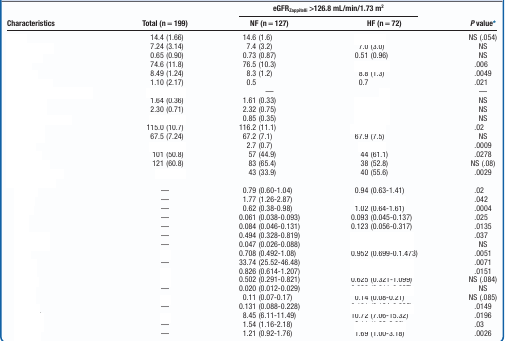
<table><thead><tr><td rowspan="2"><b>Characteristics</b></td><td rowspan="2"><b>Total (n = 199)</b></td><td colspan="2"><b>eGFR<sub>Zappitelli</sub> &gt;126.8 mL/min/1.73 m<sup>2</sup></b></td><td rowspan="2"><b><i>P</i> value*</b></td></tr><tr><td><b>NF (n = 127)</b></td><td><b>HF (n = 72)</b></td></tr></thead><tbody><tr><td>[EMPTY_CELL]</td><td>14.4 (1.66)</td><td>14.6 (1.6)</td><td>[EMPTY_CELL]</td><td>NS (.054)</td></tr><tr><td>[EMPTY_CELL]</td><td>7.24 (3.14)</td><td>7.4 (3.2)</td><td>7.0 (3.0)</td><td>NS</td></tr><tr><td>[EMPTY_CELL]</td><td>0.65 (0.90)</td><td>0.73 (0.87)</td><td>0.51 (0.96)</td><td>NS</td></tr><tr><td>[EMPTY_CELL]</td><td>74.6 (11.8)</td><td>76.5 (10.3)</td><td>[EMPTY_CELL]</td><td>.006</td></tr><tr><td>[EMPTY_CELL]</td><td>8.49 (1.24)</td><td>8.3 (1.2)</td><td>8.8 (1.3)</td><td>.0049</td></tr><tr><td>[EMPTY_CELL]</td><td>1.10 (2.17)</td><td>0.5</td><td>0.7</td><td>.021</td></tr><tr><td>[EMPTY_CELL]</td><td>[EMPTY_CELL]</td><td>—</td><td>[EMPTY_CELL]</td><td>—</td></tr><tr><td>[EMPTY_CELL]</td><td>1.64 (0.36)</td><td>1.61 (0.33)</td><td>[EMPTY_CELL]</td><td>NS</td></tr><tr><td>[EMPTY_CELL]</td><td>2.30 (0.71)</td><td>2.32 (0.75)</td><td>[EMPTY_CELL]</td><td>NS</td></tr><tr><td>[EMPTY_CELL]</td><td>[EMPTY_CELL]</td><td>0.85 (0.35)</td><td>[EMPTY_CELL]</td><td>NS</td></tr><tr><td>[EMPTY_CELL]</td><td>115.0 (10.7)</td><td>116.2 (11.1)</td><td>[EMPTY_CELL]</td><td>.02</td></tr><tr><td>[EMPTY_CELL]</td><td>67.5 (7.24)</td><td>67.2 (7.1)</td><td>67.9 (7.5)</td><td>NS</td></tr><tr><td>[EMPTY_CELL]</td><td>[EMPTY_CELL]</td><td>2.7 (0.7)</td><td>[EMPTY_CELL]</td><td>.0009</td></tr><tr><td>[EMPTY_CELL]</td><td>101 (50.8)</td><td>57 (44.9)</td><td>44 (61.1)</td><td>.0278</td></tr><tr><td>[EMPTY_CELL]</td><td>121 (60.8)</td><td>83 (65.4)</td><td>38 (52.8)</td><td>NS (.08)</td></tr><tr><td>[EMPTY_CELL]</td><td>[EMPTY_CELL]</td><td>43 (33.9)</td><td>40 (55.6)</td><td>.0029</td></tr><tr><td>[EMPTY_CELL]</td><td>[EMPTY_CELL]</td><td>[EMPTY_CELL]</td><td>[EMPTY_CELL]</td><td>[EMPTY_CELL]</td></tr><tr><td>[EMPTY_CELL]</td><td>—</td><td>0.79 (0.60-1.04)</td><td>0.94 (0.63-1.41)</td><td>.02</td></tr><tr><td>[EMPTY_CELL]</td><td>—</td><td>1.77 (1.26-2.87)</td><td>[EMPTY_CELL]</td><td>.042</td></tr><tr><td>[EMPTY_CELL]</td><td>—</td><td>0.62 (0.38-0.98)</td><td>1.02 (0.64-1.61)</td><td>.0004</td></tr><tr><td>[EMPTY_CELL]</td><td>—</td><td>0.061 (0.038-0.093)</td><td>0.093 (0.045-0.137)</td><td>.025</td></tr><tr><td>[EMPTY_CELL]</td><td>—</td><td>0.084 (0.046-0.131)</td><td>0.123 (0.056-0.317)</td><td>.0135</td></tr><tr><td>[EMPTY_CELL]</td><td>—</td><td>0.494 (0.328-0.819)</td><td>[EMPTY_CELL]</td><td>.037</td></tr><tr><td>[EMPTY_CELL]</td><td>—</td><td>0.047 (0.026-0.088)</td><td>[EMPTY_CELL]</td><td>NS</td></tr><tr><td>[EMPTY_CELL]</td><td>[EMPTY_CELL]</td><td>0.708 (0.492-1.08)</td><td>0.952 (0.699-0.1.473)</td><td>.0051</td></tr><tr><td>[EMPTY_CELL]</td><td>—</td><td>33.74 (25.52-46.48)</td><td>[EMPTY_CELL]</td><td>.0071</td></tr><tr><td>[EMPTY_CELL]</td><td>[EMPTY_CELL]</td><td>0.826 (0.614-1.207)</td><td>[EMPTY_CELL]</td><td>.0151</td></tr><tr><td>[EMPTY_CELL]</td><td>[EMPTY_CELL]</td><td>0.502 (0.291-0.821)</td><td>0.625 (0.321-1.099)</td><td>NS (.084)</td></tr><tr><td>[EMPTY_CELL]</td><td>—</td><td>0.020 (0.012-0.029)</td><td>[EMPTY_CELL]</td><td>NS</td></tr><tr><td>[EMPTY_CELL]</td><td>[EMPTY_CELL]</td><td>0.11 (0.07-0.17)</td><td>0.14 (0.08-0.21)</td><td>NS (.085)</td></tr><tr><td>[EMPTY_CELL]</td><td>—</td><td>0.131 (0.088-0.228)</td><td>[EMPTY_CELL]</td><td>.0149</td></tr><tr><td>[EMPTY_CELL]</td><td>[EMPTY_CELL]</td><td>8.45 (6.11-11.49)</td><td>10.72 (7.06-15.32)</td><td>.0196</td></tr><tr><td>[EMPTY_CELL]</td><td>—</td><td>1.54 (1.16-2.18)</td><td>[EMPTY_CELL]</td><td>.03</td></tr><tr><td>[EMPTY_CELL]</td><td>—</td><td>1.21 (0.92-1.76)</td><td>1.69 (1.00-3.18)</td><td>.0026</td></tr></tbody></table>